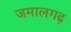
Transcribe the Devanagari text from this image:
जमालगढ़